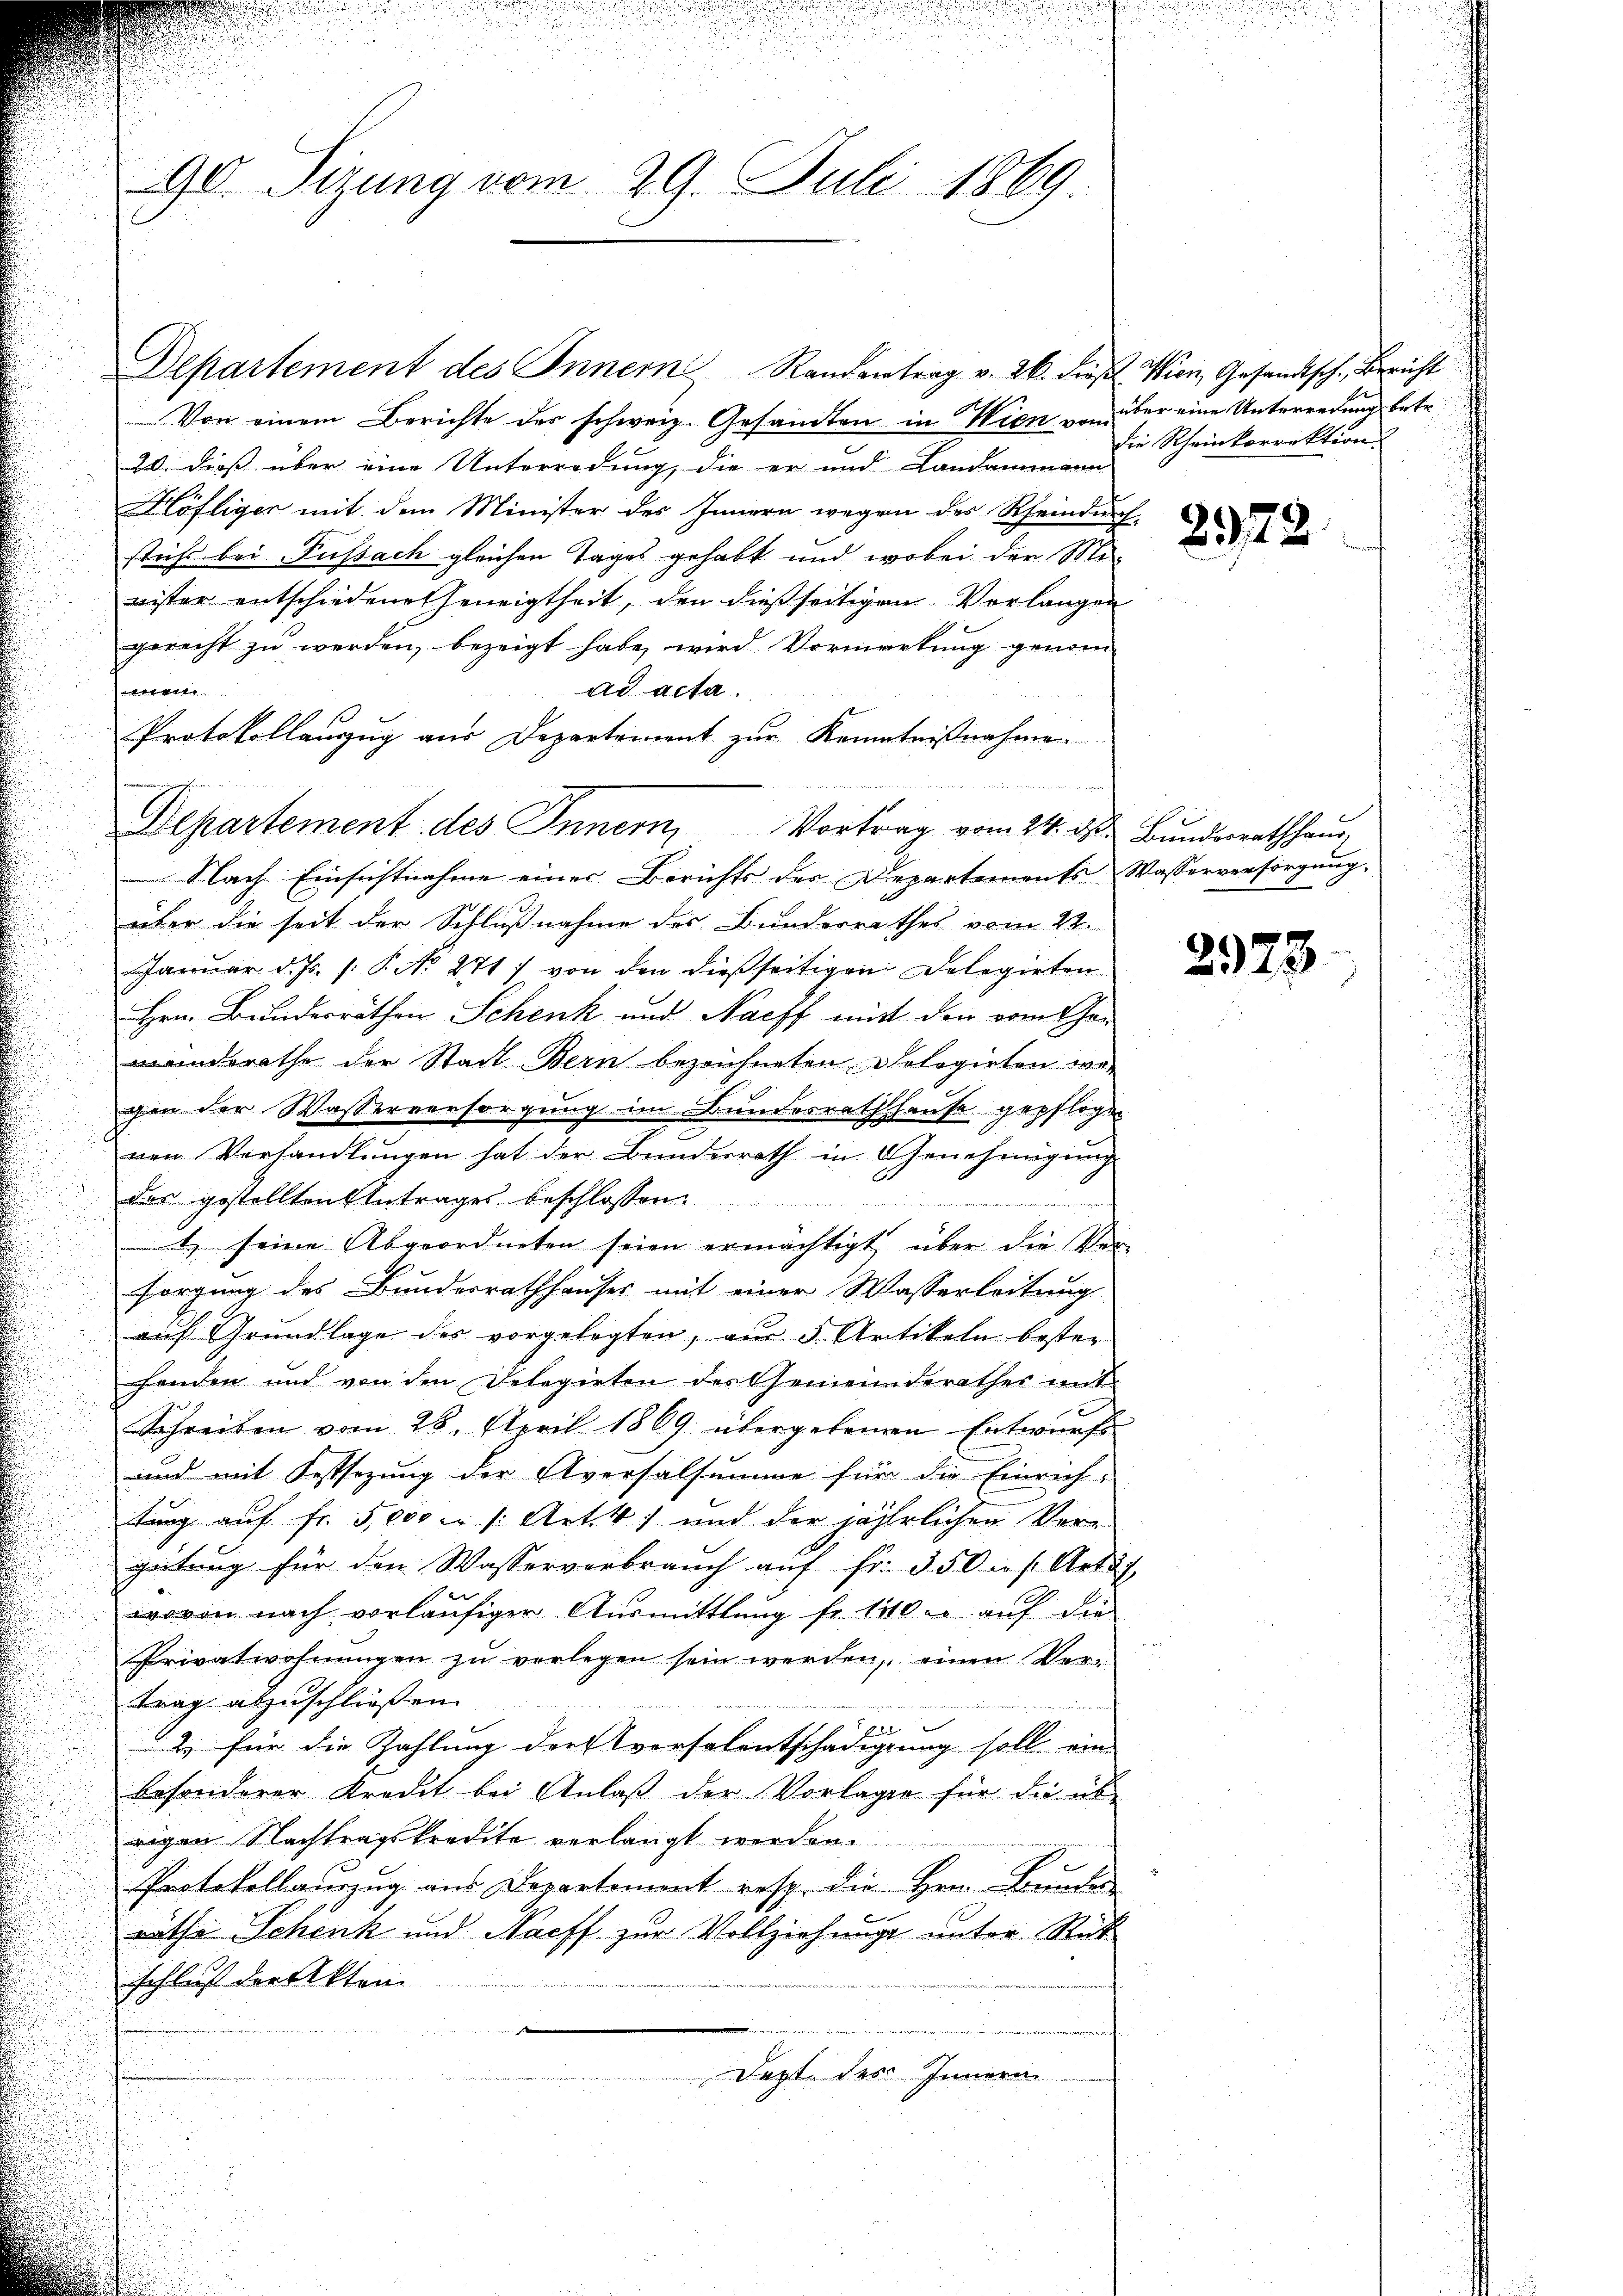
90. Sizung vom 29. Juli 1869.

Departement des Innern Randantrag v. 26. dieβ Wien, Gesandtsch, Bericht
Von einem Berichte der schweiz. Gesandten in Wien von über eine Unterredung betr
20. dieß über eine Unterredung, die er und Landammann
Höfliger mit dem Minister des Innern wegen des Rheindurf
steht bei Fussach gleichen Tages gehabt und wobei der Mi-
wister entschiedene Geneigtheit, den dießseitigen Vorlangen
gerecht zu werden, bezeigt habe, wird Vormarkung genom-
t
ad acta.
Protokollanzug aus Departement zur Kenntnißnahme

Nach Einsichtnahme einer Berichts des Departements Wasserversorgung.
über die seit der Schlußnahme des Bunderrathes vom 22.
Januar d. Js. /: P. No. 271) von den dießseitigen Delegirten
Hrn. Bundesräthen Schenk und Nacht mit den vom Chan
meinderathe der Stadt Bern bezeichneten Delegirten we-
gen der Wasserversorgung im Bundesrathshause gepflogen
nen Verhandlungen hat der Bunderrath in Genehmigung
das gestellten Antrages beschlossen
u seine Abgeordneten seien ermächtigt, über die Ver-
sorgung des Bundesrathhauses mit einer Wasserleitung
aŭf Grŭndlage des vorgelegten, aŭs 5 Artikeln bester
henden und von den Delegirten des Gemeinderathes mit
Schreiben vom 28. April 1869 übergebenen Entwurf
und mit Festsezung der Aversalsumme für die Einrich-
tung auf fr. 5,000 m /: Art. 4. und der jährlichen Vorgeitŭng für den Wasserverbraŭch aŭf fr. 350 in s. Artus
wovon nach vorläufiger Ausmittlung fr. 120 r auf die
Privatwohnŭngen zŭ verlegen sein werden, einen Vertrag abzuschließen.
b
22, für die Zahlung der versalentschädigung soll ein
besonderer Kredit bei Anlaß der Vorlagen für die übrigen Nachtragskredite verlangt werden.
Protokollauszug aus Departement resp. die Hrn. Bunde
rathe Schenk und Nacht zur Vollziehung unter Rück
schluß der Akten
Dezte des Innern

Departement des Innern, Vortrag vom 24. d. Bunderrathhaus

die Rheinkorrektion,

2972.

2923.